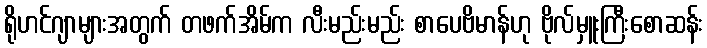
ရိုဟင်ဂျာများအတွက် တဖက်အိမ်က လီးမည်းမည်း စာပေဗိမာန်ဟု ဗိုလ်မှူးကြီးစောဆန်း